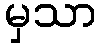
မှသာ